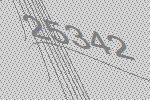
25342